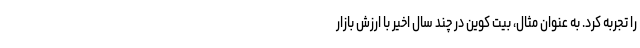
را تجربه کرد. به عنوان مثال، بیت کوین در چند سال اخیر با ارزش بازار